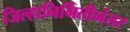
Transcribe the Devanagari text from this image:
जिल्हानिर्मितीनंतर